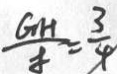
\frac { G H } { 8 } = \frac { 3 } { 4 }